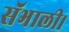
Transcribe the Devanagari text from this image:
सॅभाली।